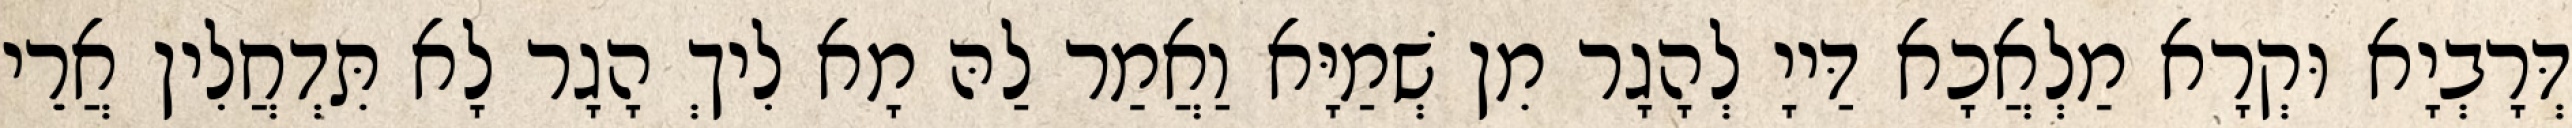
דְּרָבְיָא וּקְרָא מַלְאֲכָא דַּייָ לְהָגָר מִן שְׁמַיָּא וַאֲמַר לַהּ מָא לִיךְ הָגָר לָא תִּדְחֲלִין אֲרֵי